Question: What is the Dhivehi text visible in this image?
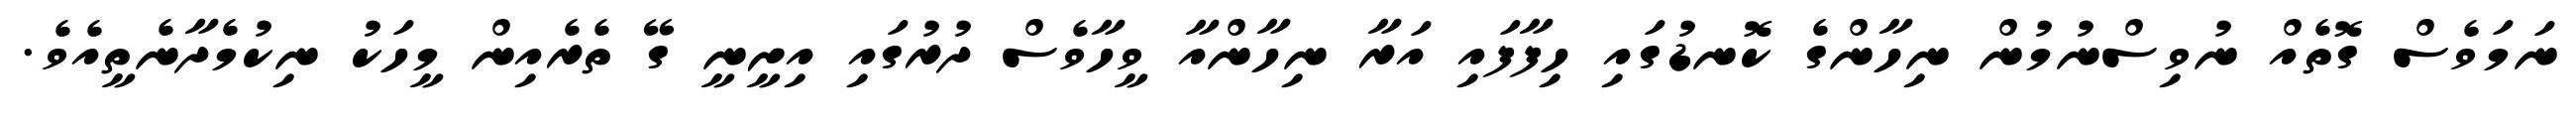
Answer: ނަމަވެސް ގޮތެއް ނުވިސްނުމުން ނިހާންގެ ކޮނޑުގައި ހިފާފައި އަރާ ނިހާންއާ ވީހާވެސް ދުރުގައި އިށީނީ ގޭ ތެރެއިން މީހަކު ނިކުމެދާނެތީއެވެ.